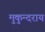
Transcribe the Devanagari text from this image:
मुकुन्दराय